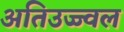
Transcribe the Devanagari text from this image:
अतिउज्ज्वल